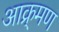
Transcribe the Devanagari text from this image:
आक्र्मण